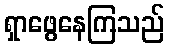
ရှာဖွေနေကြသည်